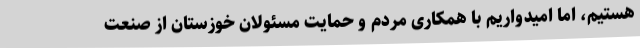
هستیم، اما امیدواریم با همکاری مردم و حمایت مسئولان خوزستان از صنعت